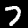
Digit: 7